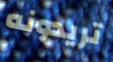
تريدونه